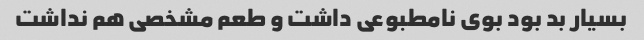
بسیار بد بود بوی نامطبوعی داشت و طعم مشخصی هم نداشت